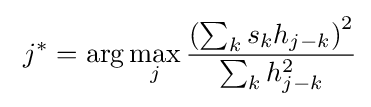
\ j^{*}=\arg \max _{j}{\frac {\left(\sum _{k}s_{k}h_{j-k}\right)^{2}}{\sum _{k}h_{j-k}^{2}}}